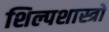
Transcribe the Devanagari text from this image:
शिल्पशास्त्रो